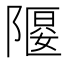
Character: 𲉞